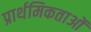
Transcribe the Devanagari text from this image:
प्रार्थमिकताओं